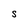
Character: S